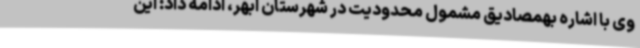
وی با اشاره بهمصادیق مشمول محدودیت در شهرستان ابهر، ادامه داد: این